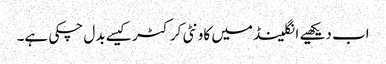
اب دیکھیے انگلینڈ میں کاونٹی کرکٹر کیسے بدل چکی ہے۔